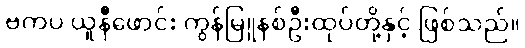
ဗကပ ယူနီဖောင်း ကွန်မြူနစ်ဦးထုပ်တို့နှင့် ဖြစ်သည်။